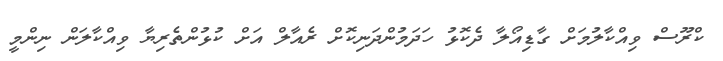
ކްރޫސް ވިއްކާލުމަށް ގާޑިއޯލާ ދެކޮޅު ހަދަމުންދަނިކޮށް ރެއާލް އަށް ކުޅުންތެރިޔާ ވިއްކާލަން ނިންމީ